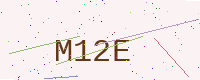
Text: M12E